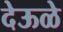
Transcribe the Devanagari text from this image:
देऊळे